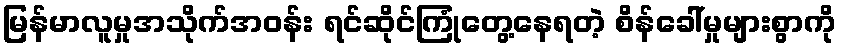
မြန်မာလူမှုအသိုက်အဝန်း ရင်ဆိုင်ကြုံတွေ့နေရတဲ့ စိန်ခေါ်မှုများစွာကို